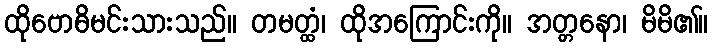
ထိုဗောဓိမင်းသားသည်။ တမတ္ထံ၊ ထိုအကြောင်းကို။ အတ္တနော၊ မိမိ၏။